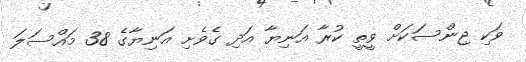
ވަކި ޖިންސަކަށް ވީތީ ކުރާ އަނިޔާ އަދި ގެވެށި އަނިޔާގެ 38 މައްސަލަ